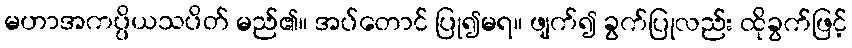
မဟာအကပ္ပိယသပိတ် မည်၏။ အပ်တောင် ပြု၍မရ။ ဖျက်၍ ခွက်ပြုလည်း ထိုခွက်ဖြင့်